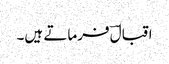
اقبالؔ فرماتے ہیں۔